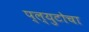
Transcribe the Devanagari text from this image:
प्ल्युटोचा